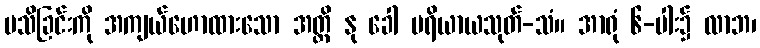
မသိခြင်းကို အကျယ်ဟောထားသော အတ္ထိ နု ခေါ ပရိယာယသုတ်-သံ။ အာရုံ ၆-ပါး၌ လာဘ၊